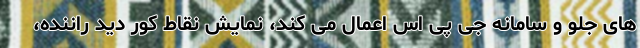
های جلو و سامانه جی پی اس اعمال می کند، نمایش نقاط کور دید راننده،